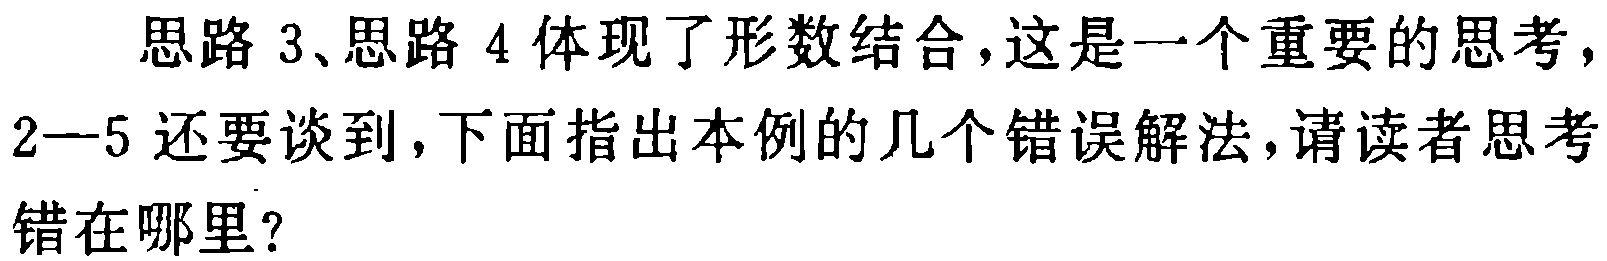
思路 3、思路 4 体现了形数结合，这是一个重要的思考，
2—5 还要谈到，下面指出本例的几个错误解法，请读者思考
错在哪里？